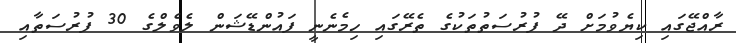
ރާއްޖޭގައި ކިޔެވުމަށް ދޭ ފުރުސަތުތަކުގެ ތެރޭގައި ހިމެނެނީ ފައުންޑޭޝަން ލެވެލްގެ 30 ފުރުސަތާއި